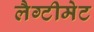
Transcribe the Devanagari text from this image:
लैग्टीमेट